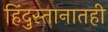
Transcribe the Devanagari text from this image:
हिंदुस्तानातही